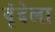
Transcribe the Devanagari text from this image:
वृंदेला